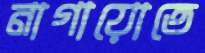
নাগায়োতে